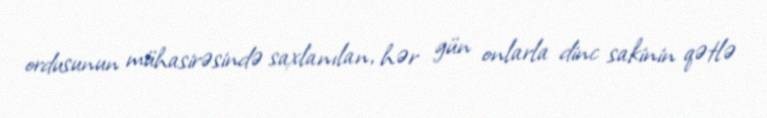
ordusunun mühasirəsində saxlanılan, hər gün onlarla dinc sakinin qətlə